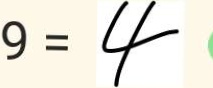
9 = 4